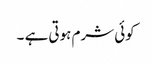
کوئی شرم ہوتی ہے ۔